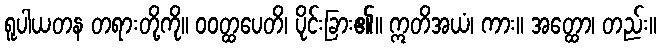
ရူပါယတန တရားတို့ကို။ ဝဝတ္ထပေတိ၊ ပိုင်းခြား၏။ ဣတိအယံ၊ ကား။ အတ္ထော၊ တည်း။